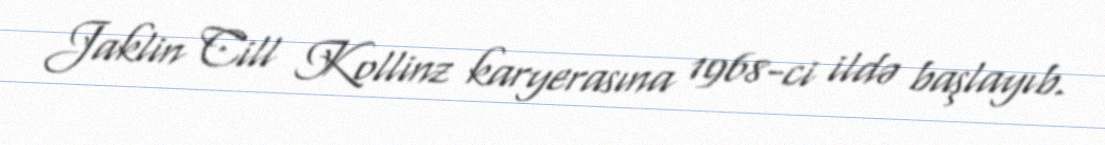
Jaklin Cill Kollinz karyerasına 1968-ci ildə başlayıb.